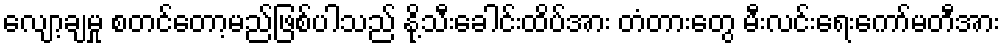
လျော့ချမှု စတင်တော့မည်ဖြစ်ပါသည် နို့သီးခေါင်းထိပ်အား တံတားတွေ မီးလင်းရေးကော်မတီအား